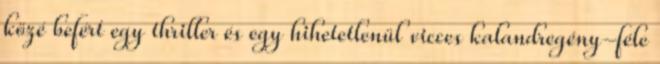
közé befért egy thriller és egy hihetetlenül vicces kalandregény-féle